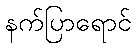
နက်ပြာရောင်